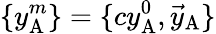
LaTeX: \{ y_{\mathrm{A}}^{m}\} =\{ cy_{\mathrm{A}}^{0},{\vec{y}}_{\mathrm{A}}\}